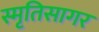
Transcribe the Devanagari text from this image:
स्मृतिसागर